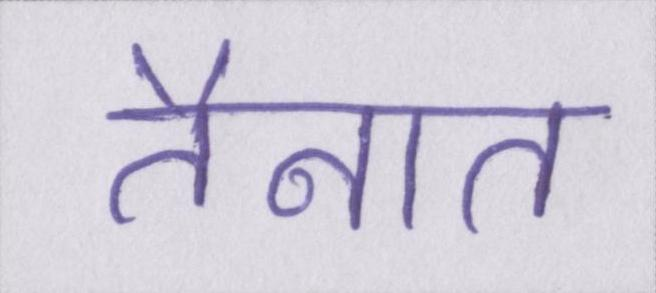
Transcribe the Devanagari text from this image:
तैनात